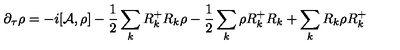
\partial _ { \tau } \rho = - i [ { \cal A } , \rho ] - \frac { 1 } { 2 } \sum _ { k } R _ { k } ^ { + } R _ { k } \rho - \frac { 1 } { 2 } \sum _ { k } \rho R _ { k } ^ { + } R _ { k } + \sum _ { k } R _ { k } \rho R _ { k } ^ { + }